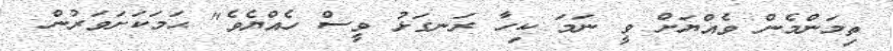
ތިމަންމެން ވެއްޔަށް ވީ ނަމަ ކިހާ ރަނގަޅު ވީސް ހެއްޔެވެ" ޙަމަކަށަވަރުން